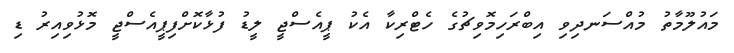
މައުލޫމާތު މުއްސަނދިވި އިބްރަހިމޮވިޗުގެ ހެޓްރިކާ އެކު ޕީއެސްޖީ ލީޑު ފުޅާކޮށްފިޕީއެސްޖީ މޮޅުވިއިރު ޑި